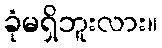
ခုံမရှိဘူးလား။